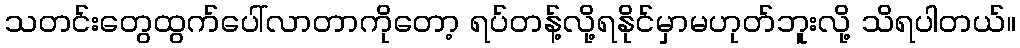
သတင်းတွေထွက်ပေါ်လာတာကိုတော့ ရပ်တန့်လို့ရနိုင်မှာမဟုတ်ဘူးလို့ သိရပါတယ်။